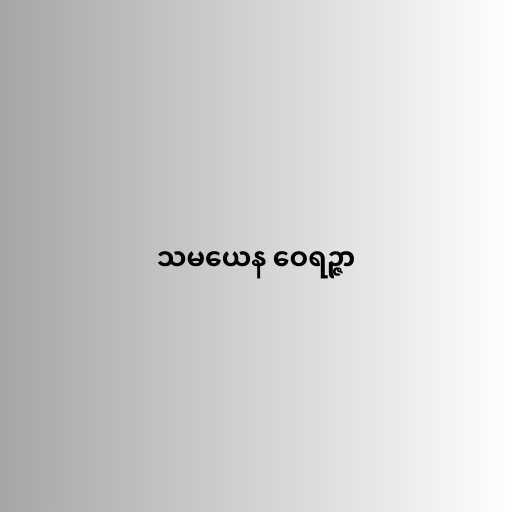
သမယေန ဝေရဉ္ဇာ